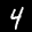
Label: 4